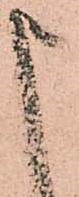
申